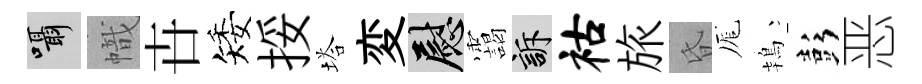
囁幟卋矮挼塔変慰靄訴祜旅昏厖鴇彭恶